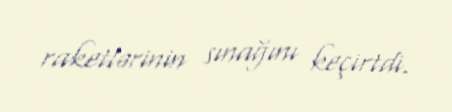
raketlərinin sınağını keçirtdi.